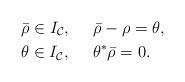
LaTeX: \begin{align*}&\bar{\mathbf{\rho}} \in I_\mathcal{C}, \ \ \ \ \bar{\mathbf{\rho}}-\mathbf{\rho}=\mathbf{\theta}, \\&\theta \in I_\mathcal{C}, \ \ \ \ \mathbf{\theta}^* \bar{\mathbf{\rho}} =0.\end{align*}